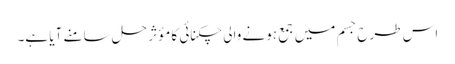
اس طرح جسم میں جمع ہونے والی چکنائی کا مؤثر حل سامنے آیا ہے۔